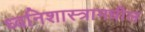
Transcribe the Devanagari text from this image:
ध्वनिशास्त्रामधील